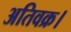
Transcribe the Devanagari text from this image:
अतिवक्र।